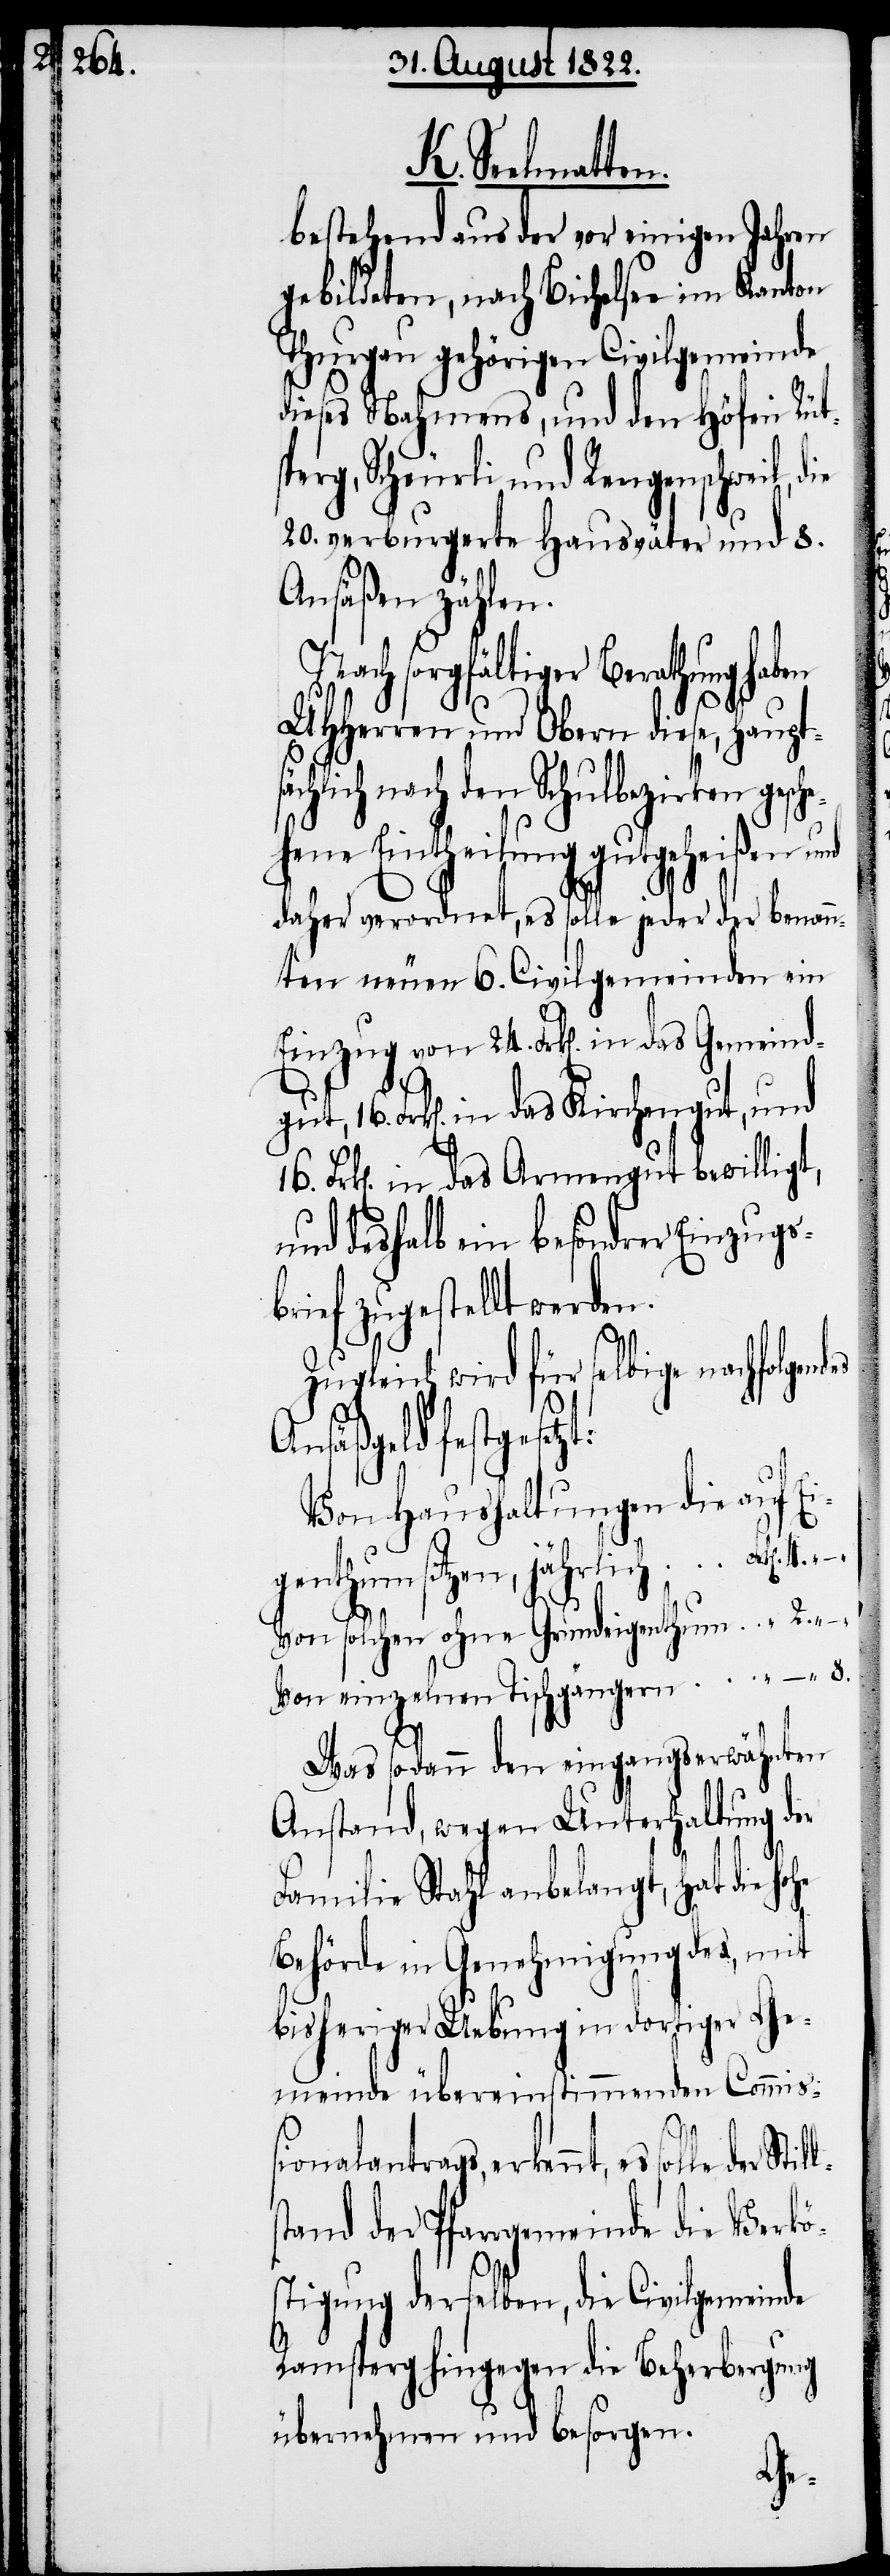
der Stills¬
bestehend aus der vor einigen Jahren
gebildeten, nach Bichelsee im Kanton
Thurgau gehörigen Civilgemeinde
dieses Nahmens, und den Höfen Rüt¬
perg, Scheürli und Rengenschweil,
20. verburgerte Hausväter und 8.
Ansäßen zählen.
Nach sorgfältiger Berathung haben
8.
„
UHHerrn und Obern diese, haupts¬
ächlich nach den Schulbezirken gesc¬
hene Eintheilung gutgeheißen
daher verordnet, es solle jeder der benan¬
nten neuen 6. Civilgemeinden ein
Einzug von 24. Frk[en] in das Gemeindg¬
Frk[en]. in das Kirchengut, und
Frk[en] in das Armengut bewillig¬
und deshalb ein besonderer Einzugs¬
brief zugestellt werden.
Zugleich wird für selbige nachfolgen¬
Ansäßgeld festgesetz¬
Von Haushaltungen die auf Ei¬
genthum setzen, jährlich . .
Von solchen ohne Grundeigenthum . .
Von einzelnen Tischgängern . .
Was sodann den eingangserwähnten
Anstand, wegen Unterhaltung der
Familie Stahl anbelangt, hat die
Behörde in Genehmigung des, mit
bisheriger Uebung in dortiger Ge¬
meinde übereinstimmenden Commiß¬
ionalantrags, erkennt, es solle
tand der Pfarrgemeinde die Verkö¬
stigung derselben, die Civilgemeinde
Ramsperg hingegen die Beherbergung
übernehmen und besorgen.
des